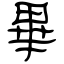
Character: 畢